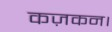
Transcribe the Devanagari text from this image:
कज़कन।